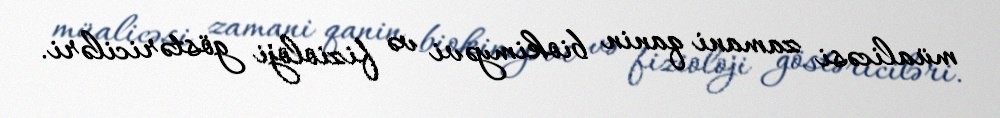
müalicəsi zamani qanin biokimyəvi və fizioloji göstəriciləri.